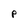
Character: P